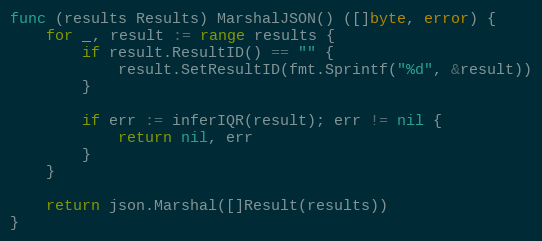
Language: Go
func (results Results) MarshalJSON() ([]byte, error) {
	for _, result := range results {
		if result.ResultID() == "" {
			result.SetResultID(fmt.Sprintf("%d", &result))
		}

		if err := inferIQR(result); err != nil {
			return nil, err
		}
	}

	return json.Marshal([]Result(results))
}